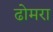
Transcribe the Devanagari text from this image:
ढोमरा